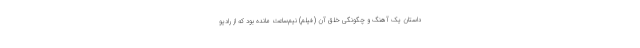
داستان یک آهنگ و چگونگی خلق آن (فیلم) نیم‌ساعت مانده بود که از رادیو